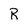
Character: R